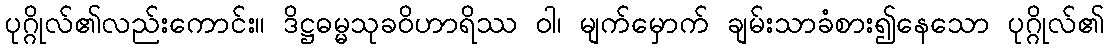
ပုဂ္ဂိုလ်၏လည်းကောင်း။ ဒိဋ္ဌဓမ္မသုခဝိဟာရိဿ ဝါ၊ မျက်မှောက် ချမ်းသာခံစား၍နေသော ပုဂ္ဂိုလ်၏